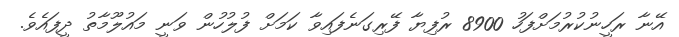
އޭނާ ރަހީނުކުރުމަށްފަހު 8900 ރުފިޔާ ފޭރިގަނެފައިވާ ކަަމަށް ފުލުހުން ވަނީ މައުލޫމާތު ދީފައެވެ.